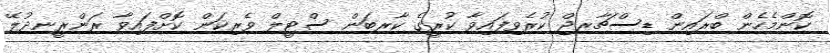
ކޮންމެހެން ބްރައިން ޑިސްޗާރޖް ކުރެވިފައިވާ ކުރީގެ ކާރބަން ސްޓީލް ވެރިކަން ކޮށްފައިވާ ރަންރީނދުލޭ